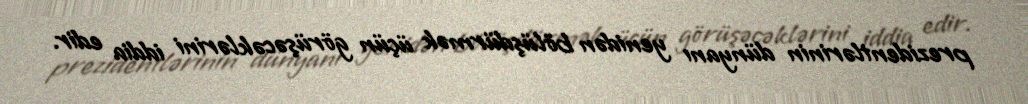
prezidentlərinin dünyanı yenidən bölüşdürmək üçün görüşəcəklərini iddia edir.